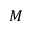
M